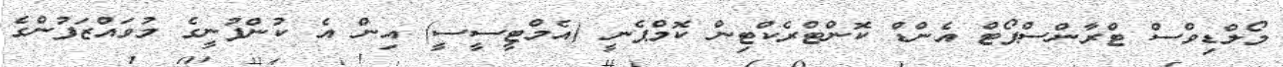
މޯލްޑިވްސް ޓްރާންސްޕޯޓް އެންޑް ކޮންޓްރެކްޓިން ކޮމްޕެނީ (އެމްޓީސީސީ) އިން އެ ކުންފުނީގެ މުވައްޒަފުންގެ